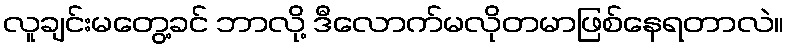
လူချင်းမတွေ့ခင် ဘာလို့ ဒီလောက်မလိုတမာဖြစ်နေရတာလဲ။